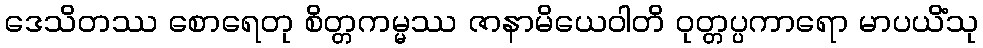
ဒေသိတဿ စောရေတု စိတ္တကမ္မဿ ဇာနာမိယေဝါတိ ဝုတ္တပ္ပကာရော မာပယိံသု